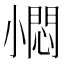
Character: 𡮬